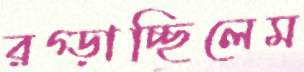
রগ্‌ড়াচ্ছিলেম